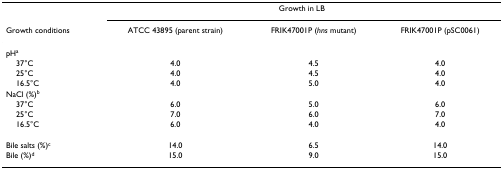
<table><thead><tr><td>[EMPTY_CELL]</td><td colspan="3"><b>Growth in LB</b></td></tr><tr><td><b>Growth conditions</b></td><td><b>ATCC 43895 (parent strain)</b></td><td><b>FRIK47001P (<i>hns </i>mutant)</b></td><td><b>FRIK47001P (pSC0061)</b></td></tr></thead><tbody><tr><td>pH<sup>a</sup></td><td>[EMPTY_CELL]</td><td>[EMPTY_CELL]</td><td>[EMPTY_CELL]</td></tr><tr><td> 37°C</td><td>4.0</td><td>4.5</td><td>4.0</td></tr><tr><td> 25°C</td><td>4.0</td><td>4.5</td><td>4.0</td></tr><tr><td> 16.5°C</td><td>4.0</td><td>5.0</td><td>4.0</td></tr><tr><td>NaCl (%)<sup>b</sup></td><td>[EMPTY_CELL]</td><td>[EMPTY_CELL]</td><td>[EMPTY_CELL]</td></tr><tr><td> 37°C</td><td>6.0</td><td>5.0</td><td>6.0</td></tr><tr><td> 25°C</td><td>7.0</td><td>6.0</td><td>7.0</td></tr><tr><td> 16.5°C</td><td>6.0</td><td>4.0</td><td>4.0</td></tr><tr><td>Bile salts (%)<sup>c</sup></td><td>14.0</td><td>6.5</td><td>14.0</td></tr><tr><td>Bile (%)<sup>d</sup></td><td>15.0</td><td>9.0</td><td>15.0</td></tr></tbody></table>